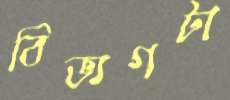
বিভাগটা